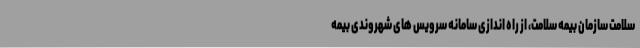
سلامت سازمان بیمه سلامت، از راه اندازی سامانه سرویس های شهروندی بیمه